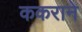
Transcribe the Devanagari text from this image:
ककराने